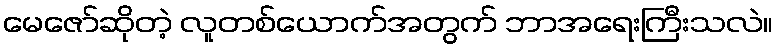
မေဇော်ဆိုတဲ့ လူတစ်ယောက်အတွက် ဘာအရေးကြီးသလဲ။